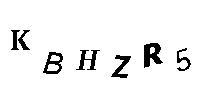
KBHZR5